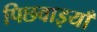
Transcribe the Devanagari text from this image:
पिछवाइयाँ